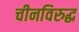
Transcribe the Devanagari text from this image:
चीनविरुद्ध